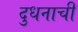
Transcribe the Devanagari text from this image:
दुधनाची